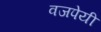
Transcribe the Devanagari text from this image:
वजपेयी